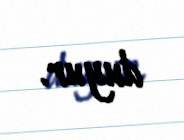
duyur.